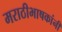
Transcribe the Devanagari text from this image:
मराठीभाषकांनी